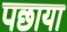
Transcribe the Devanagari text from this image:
पछाया